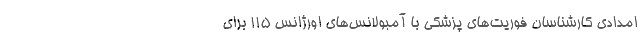
امدادی کارشناسان فوریت‌های پزشکی با آمبولانس‌های اورژانس ۱۱۵ برای